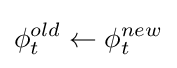
\phi _{t}^{old}\leftarrow \phi _{t}^{new}